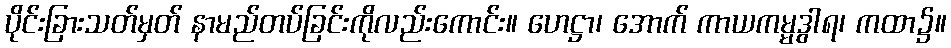
ပိုင်းခြားသတ်မှတ် နာမည်တပ်ခြင်းကိုလည်းကောင်း။ ဟေဋ္ဌာ၊ အောက် ကာယကမ္မဒွါရ၊ ကထာ၌။